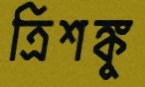
ত্রিশঙ্কু